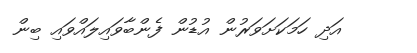
އަދި ހަމަކަށަވަރުން އުޑުން ފެންބާވައިލައްވައި ބިން